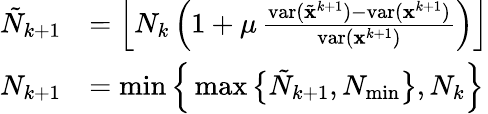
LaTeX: \begin{array}{rl}{\tilde{N}_{k+1}}&{=\left\lfloor N_{k}\left(1+\mu\, \frac{\textup{var}(\tilde{\mathbf{x}}^{k+1})-\textup{var}(\mathbf{x}^{k+1})}{\textup{var}(\mathbf{x}^{k+1})}\right)\right\rfloor}\\ {N_{k+1}}&{=\operatorname*{min}\Big\{ \operatorname*{max}\big\{ \tilde{N}_{k+1},N_{\operatorname*{min}}\big\} ,N_{k}\Big\} }\end{array}